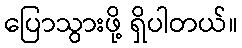
ပြောသွားဖို့ ရှိပါတယ်။